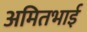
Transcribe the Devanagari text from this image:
अमितभाई